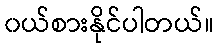
၀ယ်စားနိုင်ပါတယ်။